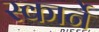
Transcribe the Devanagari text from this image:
स्कार्ने